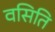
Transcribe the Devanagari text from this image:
वसिति